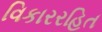
વિકારરહિત